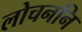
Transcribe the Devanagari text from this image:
लोचननि